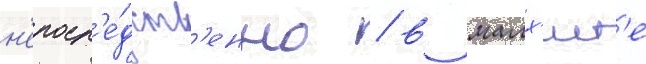
н'епоср'е́дств'енно / в малх'ист'е